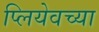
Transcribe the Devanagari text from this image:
प्लियेवच्या